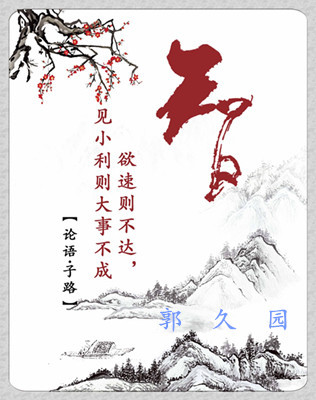
欲速则不达。